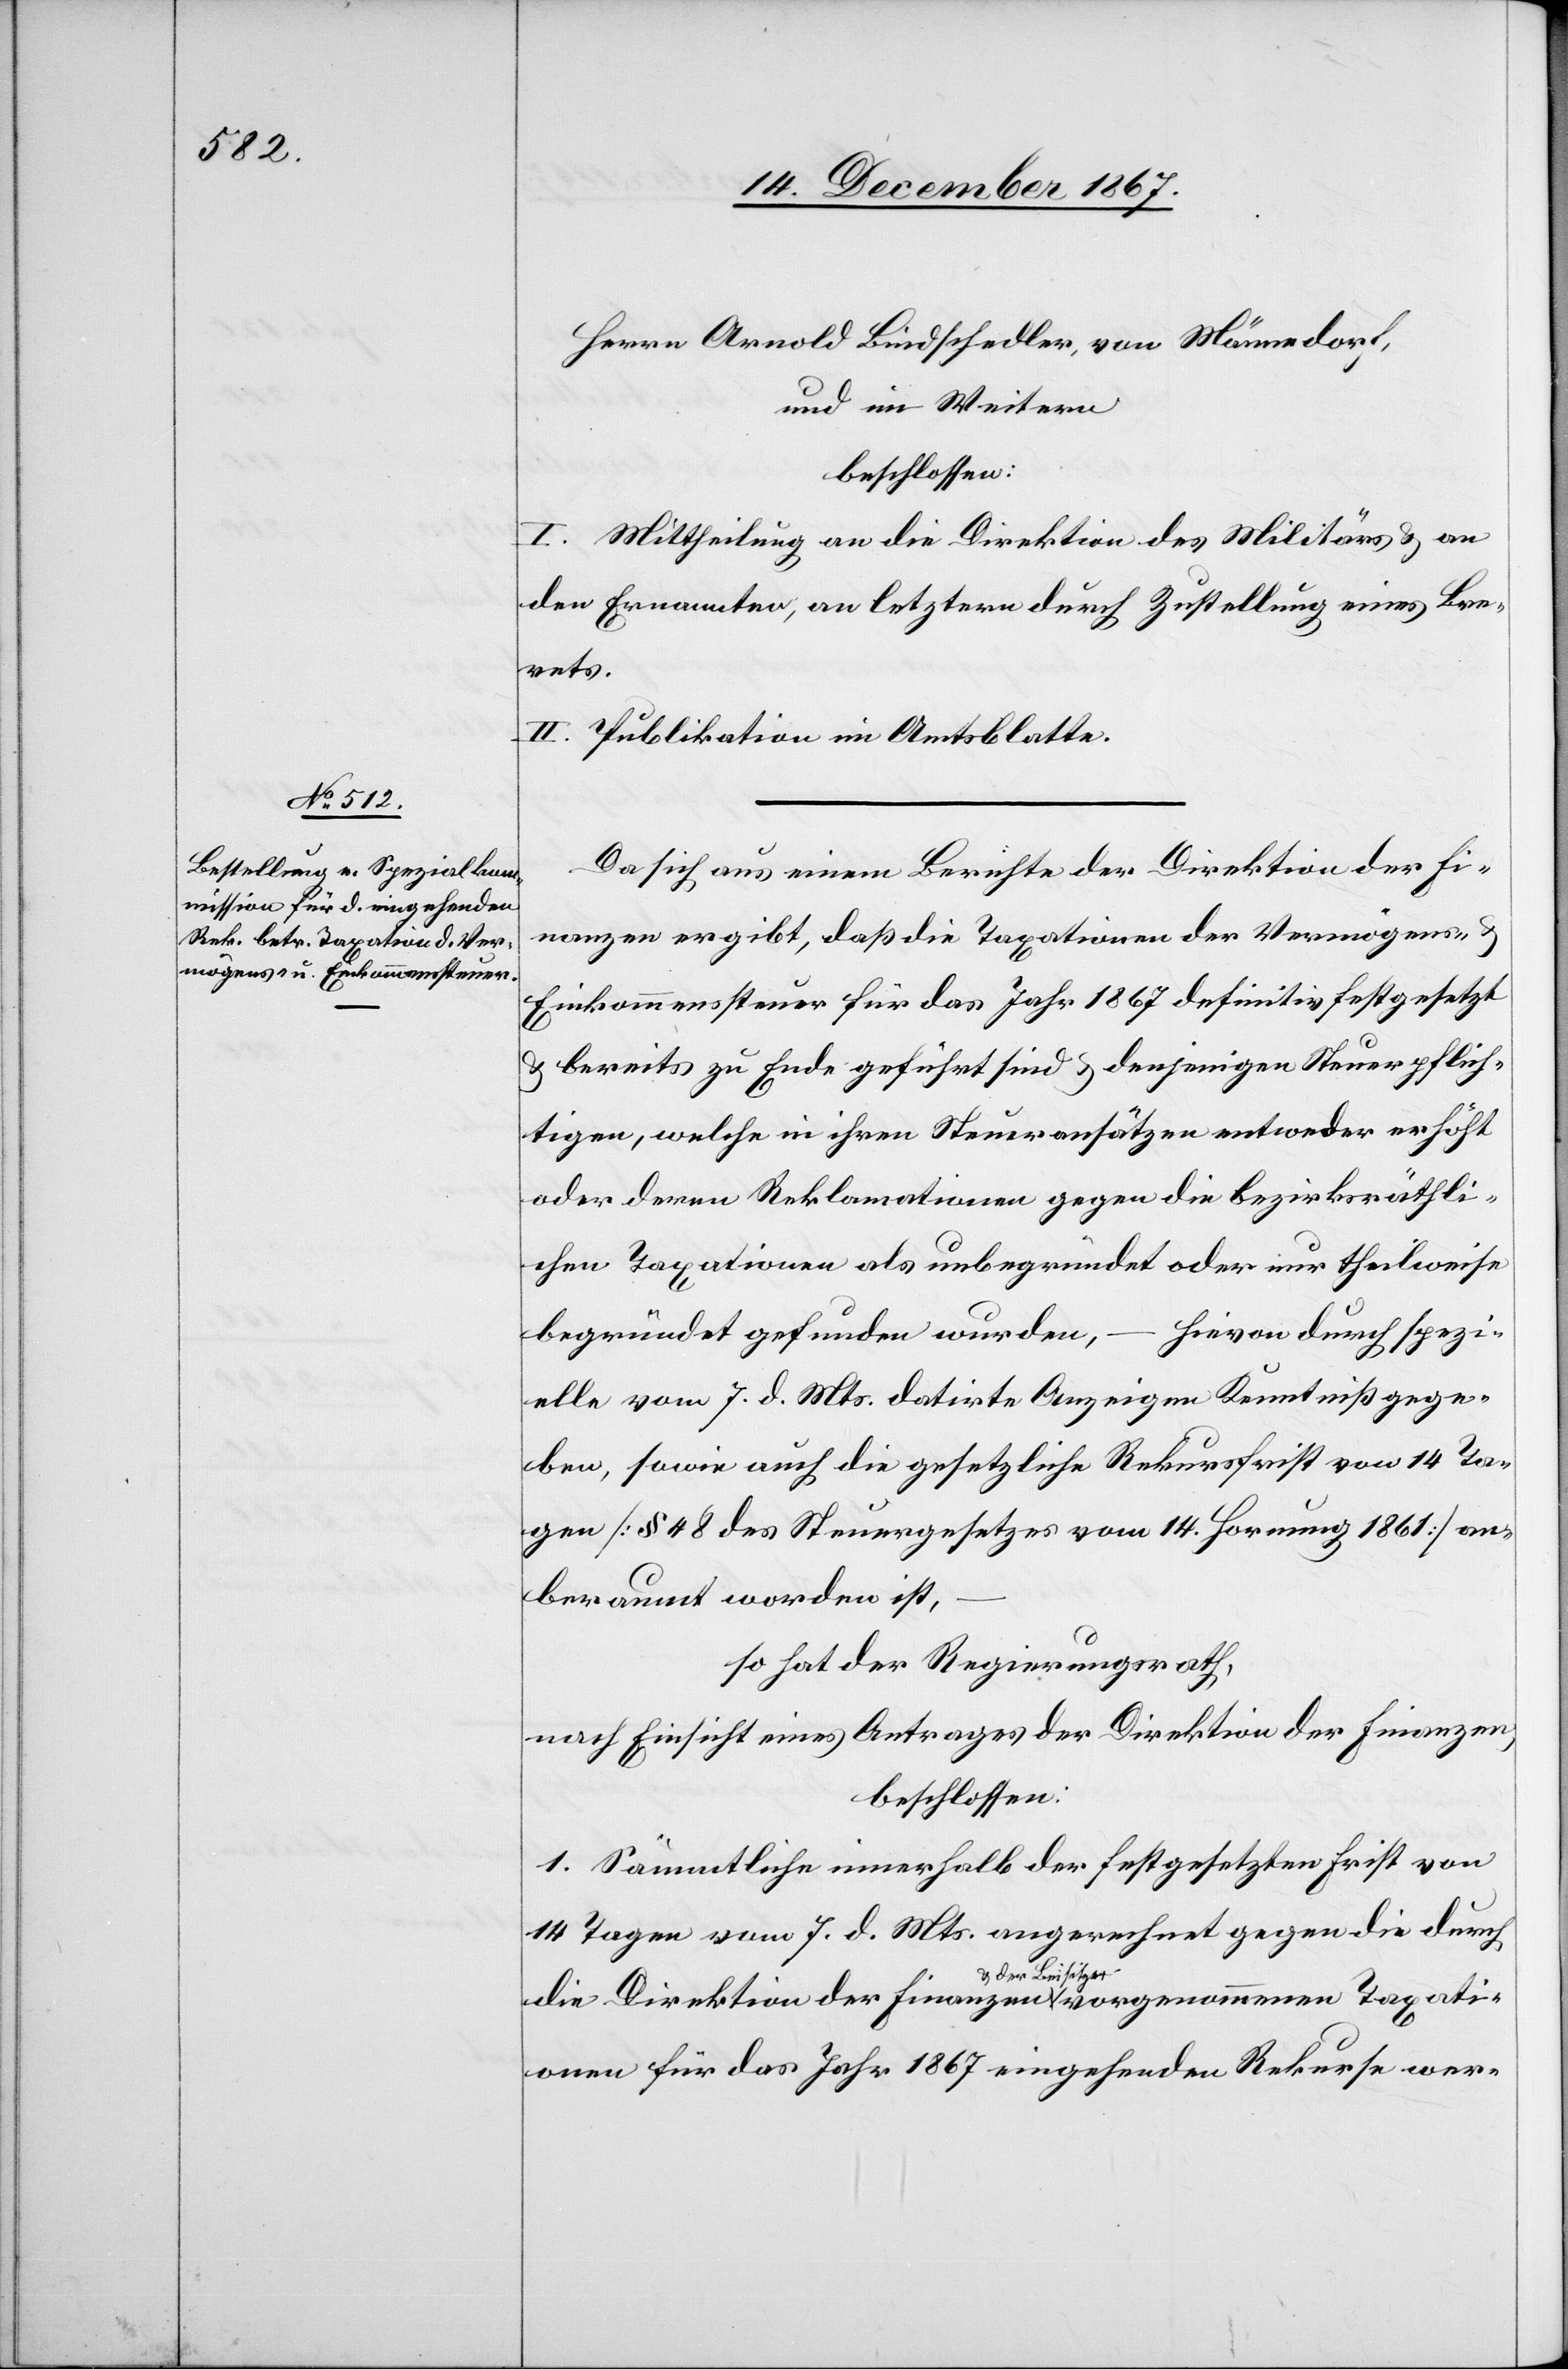
Herrn Arnold Bindschädler, von Männedorf,
und im Weitern
beschlossen:
I. Mittheilung an die Direktion des Militärs u. an
den Ernannten, an letztern durch Zustellung eines Bre¬
vets.
II. Publikation im Amtsblatte.
Da sich aus einem Berichte der Direktion der Fi¬
nanzen ergibt, daß die Taxationen der Vermögens- u.
Einkommenssteuer für das Jahr 1867 definitiv festgesetzt
u. bereits zu Ende geführt sind u. denjenigen Steuerpflich¬
tigen, welche in ihren Steueransätzen entweder erhöht
oder deren Reklamationen gegen die bezirksräthli¬
chen Taxationen als unbegründet oder nur theilweise
begründet gefunden wurden,
hievon durch spezi¬
elle vom 7. d. Mts. datirte Anzeigen Kenntniß gege¬
ben, sowie auch die gesetzliche Rekursfrist von 14 Ta¬
ge [§ 48 des Steuergesetzes vom 14. Hornung 1861] an¬
beraumt worden ist,
so hat der Regierungsrath,
nach Einsicht eines Antrages der Direktion der Finanzen,
beschlossen:
1. Sämmtliche innerhalb der festgesetzten Frist von
14 Tagen vom 7. d. Mts. an gerechnet gegen die durch
die Direktion der Finanzen u. der Beisitzer vorgenommenen Taxati¬
onen für das Jahr 1867 eingehenden Rekurse wer-